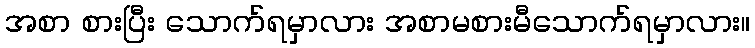
အစာ စားပြီး သောက်ရမှာလား အစာမစားမီသောက်ရမှာလား။